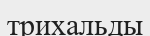
трихальды